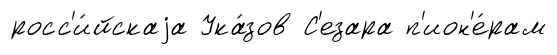
росс'и́йскаjа Ука́зов С'езара п'ион'е́рам